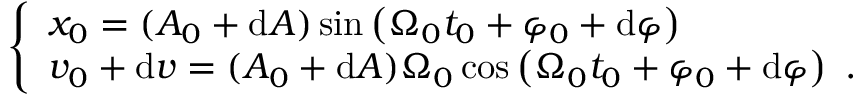
\left\{ \begin{array} { l } { x _ { 0 } = ( A _ { 0 } + \mathrm { d } A ) \sin \left( \Omega _ { 0 } t _ { 0 } + \varphi _ { 0 } + \mathrm { d } \varphi \right) } \\ { v _ { 0 } + \mathrm { d } v = ( A _ { 0 } + \mathrm { d } A ) \Omega _ { 0 } \cos \left( \Omega _ { 0 } t _ { 0 } + \varphi _ { 0 } + \mathrm { d } \varphi \right) \mathrm { ~ . ~ } } \end{array} \right.